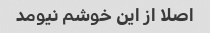
اصلا از این خوشم نیومد